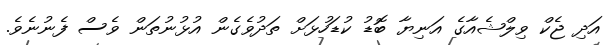
އަދި ޖެކް ވިލްޝެއާގެ އަނިޔާ ބޮޑު ކުޑަހުޅަށް ތަދުވެގެން އުޅުނުތަން ވެސް ފެނުނެވެ.